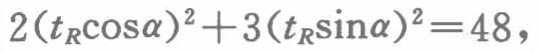
\(2(t_{R}\cos\alpha)^{2}+3(t_{R}\sin\alpha)^{2}=48\)